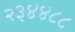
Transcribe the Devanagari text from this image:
२३४४८८